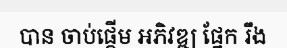
បាន ចាប់ផ្តើម អភិវឌ្ឍ ផ្នែក រឹង